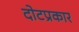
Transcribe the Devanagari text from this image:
दोटप्रकार